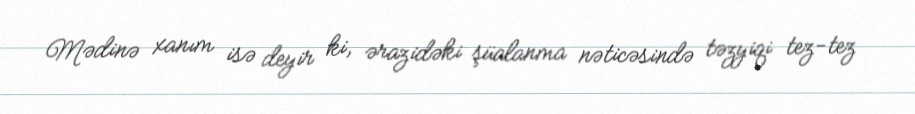
Mədinə xanım isə deyir ki, ərazidəki şüalanma nəticəsində təzyiqi tez-tez